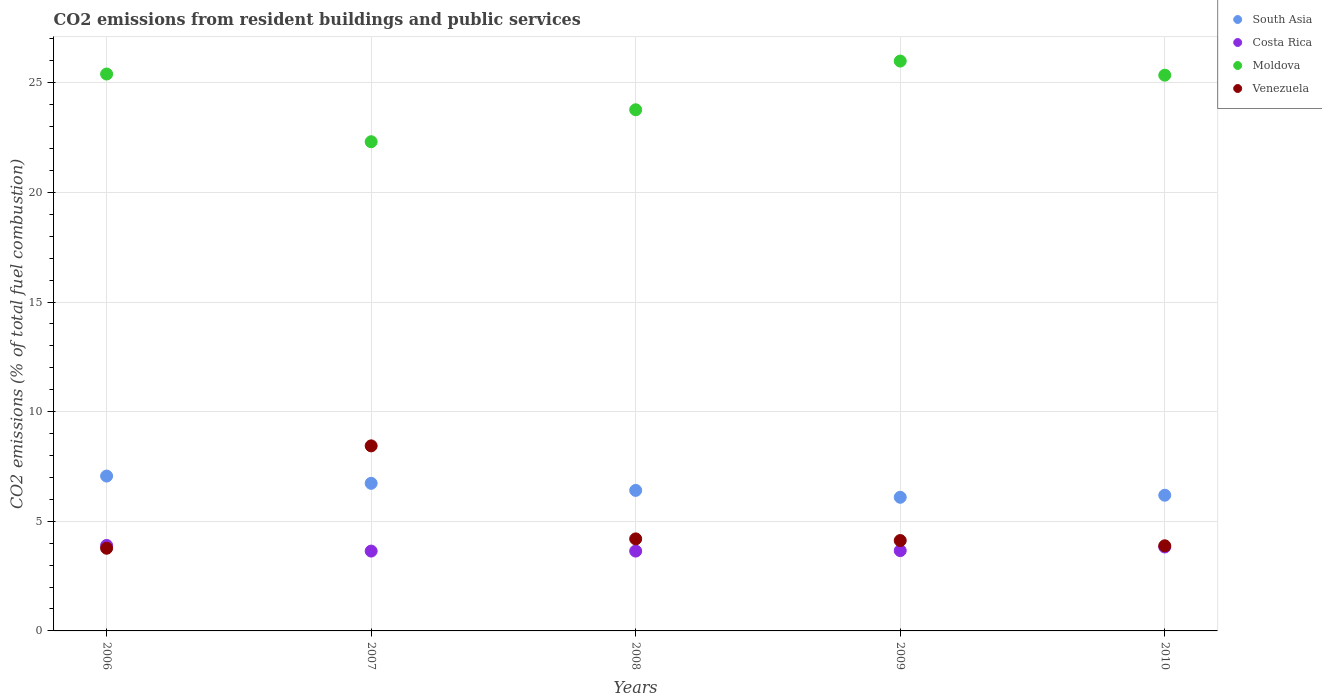
| Years | South Asia | Costa Rica | Moldova | Venezuela |
 | --- | --- | --- | --- | --- |
 | 2006 | 7.06 | 3.9 | 25.4 | 3.77 |
 | 2007 | 6.73 | 3.64 | 22.3 | 8.44 |
 | 2008 | 6.41 | 3.64 | 23.8 | 4.2 |
 | 2009 | 6.1 | 3.66 | 26 | 4.12 |
 | 2010 | 6.19 | 3.83 | 25.3 | 3.88 |